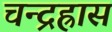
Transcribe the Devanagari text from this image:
चन्द्रह्रास